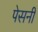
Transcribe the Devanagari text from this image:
पेसनीं